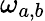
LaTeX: \omega_{a,b}